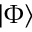
\left| \Phi \right\rangle